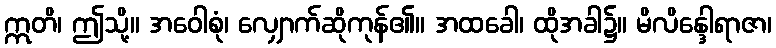
ဣတိ၊ ဤသို့။ အဝေါစုံ၊ လျှောက်ဆိုကုန်၏။ အထခေါ၊ ထိုအခါ၌။ မိလိန္ဒေါရာဇာ၊